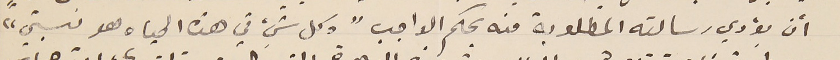
أن يؤدي رسالته المطلوبة منه بحكم الواجب" وكل شيء في هذه الحياه هو نسبيّ"